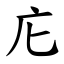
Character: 庀